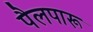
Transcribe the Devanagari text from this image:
पैलपारू